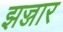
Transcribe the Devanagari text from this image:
झज्जार